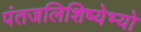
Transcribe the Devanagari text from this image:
पंतजलिशिष्येभ्यो